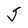
Character: J